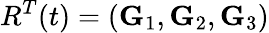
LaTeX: R^{T}(t)=({\mathbf G}_{1},{\mathbf G}_{2},{\mathbf G}_{3})